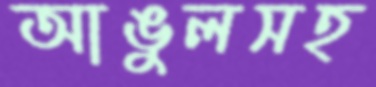
আঙুলসহ